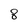
Character: 8